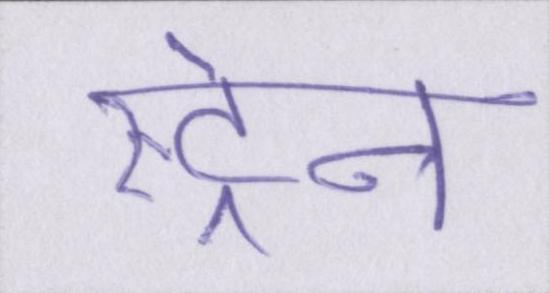
स्ट्रेन